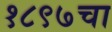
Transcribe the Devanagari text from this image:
१८९७चा